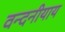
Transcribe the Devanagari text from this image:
वन्दनीयाय